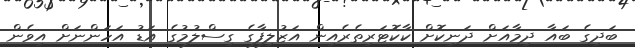
ބަދިގެ ބައާ ދިމާއަށް ދަނިކޮށް ކާކޮޓަރިތެރެއިން އަޒުލިފާގެ ގިސްލުމުގެ އަޑު އަހަންނަށް އިވެން